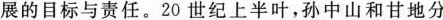
展的目标与责任。20世纪上半叶，孙中山和甘地分